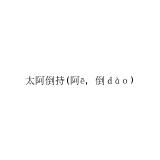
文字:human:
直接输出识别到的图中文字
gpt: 太阿倒持(阿ē，倒ｄàｏ)